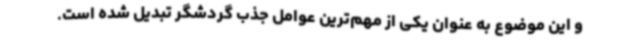
و این موضوع به عنوان یکی از مهم‌ترین عوامل جذب گردشگر تبدیل شده است.